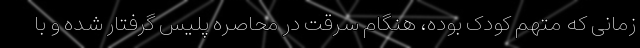
زمانی که متهم کودک بوده، هنگام سرقت در محاصره پلیس گرفتار شده و با